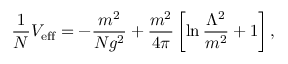
\frac { 1 } { N } V _ { \mathrm { e f f } } = - \frac { m ^ { 2 } } { N g ^ { 2 } } + \frac { m ^ { 2 } } { 4 \pi } \left[ \ln \frac { \Lambda ^ { 2 } } { m ^ { 2 } } + 1 \right] ,